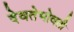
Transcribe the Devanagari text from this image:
देवतेभोवती